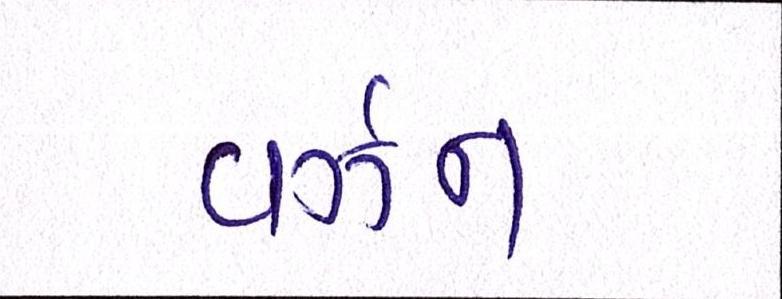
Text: વર્ઝન